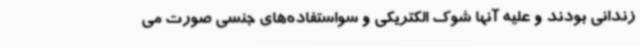
زندانی بودند و علیه آنها شوک الکتریکی و سواستفاده‌های جنسی صورت می